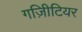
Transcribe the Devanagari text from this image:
गज़िीटियर